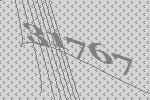
31767